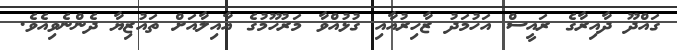
ގައްދޫ ދާއިރާގެ ރައީސް އަހުމަދު ޒާހިރުއާއި ގުޅުއްވާ މަރުހޫމުގެ އާއިލާއަށް ތައުޒިޔާ ދެންނެވިއެވެ.